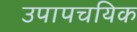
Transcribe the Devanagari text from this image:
उपापचयिक